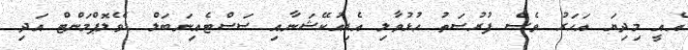
އެއީ މިދިޔަ އަހަރު ވެސް ފުރުސަތު ހުޅުވާލި އެޑިއުކޭޝަނާއި ސަސްޓެއިނަބަލް ޑެވެލޮޕްމަންޓް އަދި